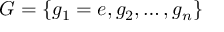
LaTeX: G = \{ g _ { 1 } = e , g _ { 2 } , \dots , g _ { n } \}